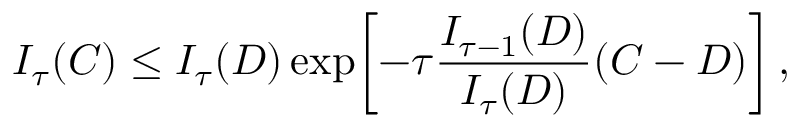
I _ { \tau } ( C ) \le I _ { \tau } ( D ) \exp \! \left[ - \tau { \frac { I _ { \tau - 1 } ( D ) } { I _ { \tau } ( D ) } } ( C - D ) \right] ,